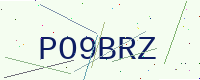
Text: PO9BRZ